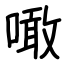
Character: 噉